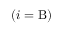
( i = \mathrm { B } )